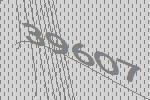
39607